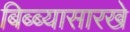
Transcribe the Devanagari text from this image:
बिब्ब्यासारखे